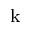
_ \mathrm { k }